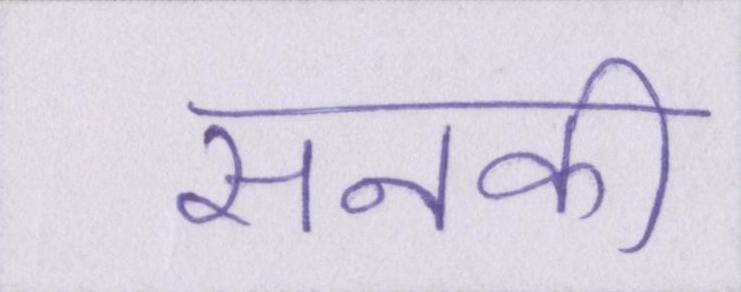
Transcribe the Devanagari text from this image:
सनकी